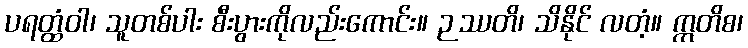
ပရတ္ထံဝါ၊ သူတစ်ပါး စီးပွားကိုလည်းကောင်း။ ဉဿတိ၊ သိနိုင် လတံ့။ ဣတိစ၊